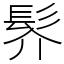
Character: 䯰